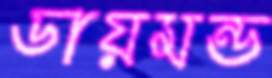
ডায়মন্ড